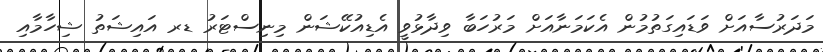
މަދަރުސާއަށް ވަޑައިގަތުމުން އެކަމަނާއަށް މަރުހަބާ ވިދާޅުވީ އެޑިއުކޭޝަން މިނިސްޓަރު ޑރ އައިޝަތު ޝިހާމާއި